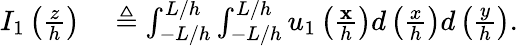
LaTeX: \begin{array}{rl}{I_{1}\left(\frac{z}{h}\right)}&{{}\triangleq\int_{-L/h}^{L/h}\int_{-L/h}^{L/h}u_{1}\left(\frac{\mathbf{x}}{h}\right)d\left(\frac{x}{h}\right)d\left(\frac{y}{h}\right).}\end{array}